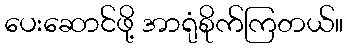
ပေးဆောင်ဖို့ အာရုံစိုက်ကြတယ်။